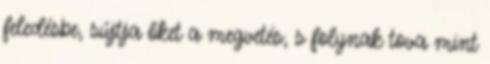
feledésbe, sújtja őket a megvetés, s folynak tova mint